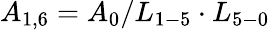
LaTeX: {A_{1,6}}={A_{0}}/{L_{1-5}}\cdot{L_{5-0}}